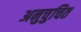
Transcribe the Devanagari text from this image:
अनुचुचित